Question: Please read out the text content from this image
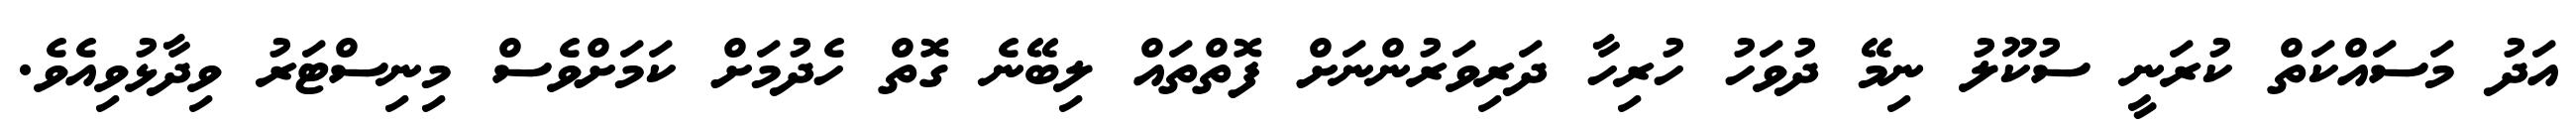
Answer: އަދު މަސައްކަތް ކުރަނީ ސުކޫލު ނިމޭ ދުވަހު ހުރިހާ ދަރިވަރުންނަށް ފޮތްތައް ލިބޭނެ ގޮތް ހެދުމަށް ކަމަށްވެސް މިނިސްޓަރު ވިދާޅުވިއެވެ.